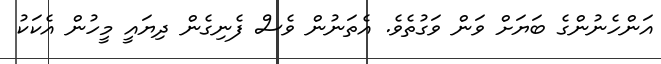
އަންހެނުންގެ ބަޔަށް ވަން ވަގުތެވެ. އެތަނުން ވެސް ފެނިގެން ދިޔައީ މީހުން އެކަކު